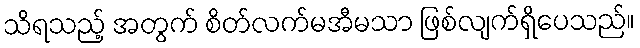
သိရသည့် အတွက် စိတ်လက်မအီမသာ ဖြစ်လျက်ရှိပေသည်။